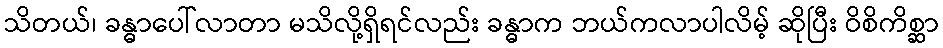
သိတယ်၊ ခန္ဓာပေါ်လာတာ မသိလို့ရှိရင်လည်း ခန္ဓာက ဘယ်ကလာပါလိမ့် ဆိုပြီး ဝိစိကိစ္ဆာ